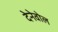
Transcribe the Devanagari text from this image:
देनेवोल